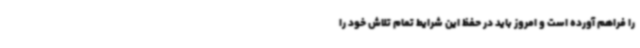
را فراهم آورده است و امروز باید در حفظ این شرایط تمام تلاش خود را